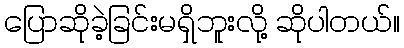
ပြောဆိုခဲ့ခြင်းမရှိဘူးလို့ ဆိုပါတယ်။